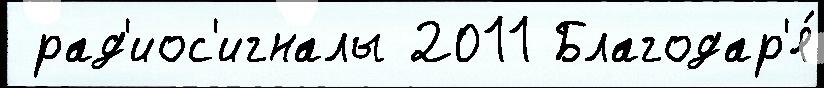
 рад'иос'игналы 2011 Благодар'я́